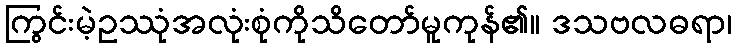
ကြွင်းမဲ့ဥဿုံအလုံးစုံကိုသိတော်မူကုန်၏။ ဒသဗလဓရာ၊